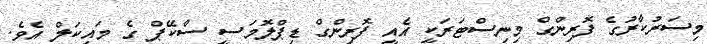
މިސަރުކާރުގެ ފޮރިންގް މިނިސްޓަރަކީ އެއީ ފޮރިންގް ޑިޕްލޮމަސީ ސްކޭޕް ގެ މައިކަލް އެވެ.